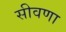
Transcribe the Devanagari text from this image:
सीवणा